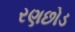
રણછોડ